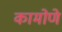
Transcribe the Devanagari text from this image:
कामोणे